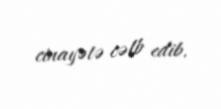
cinayətə cəlb edib.